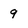
Character: 9